Burma Government Medical School reports 1907-22
Year: 1907
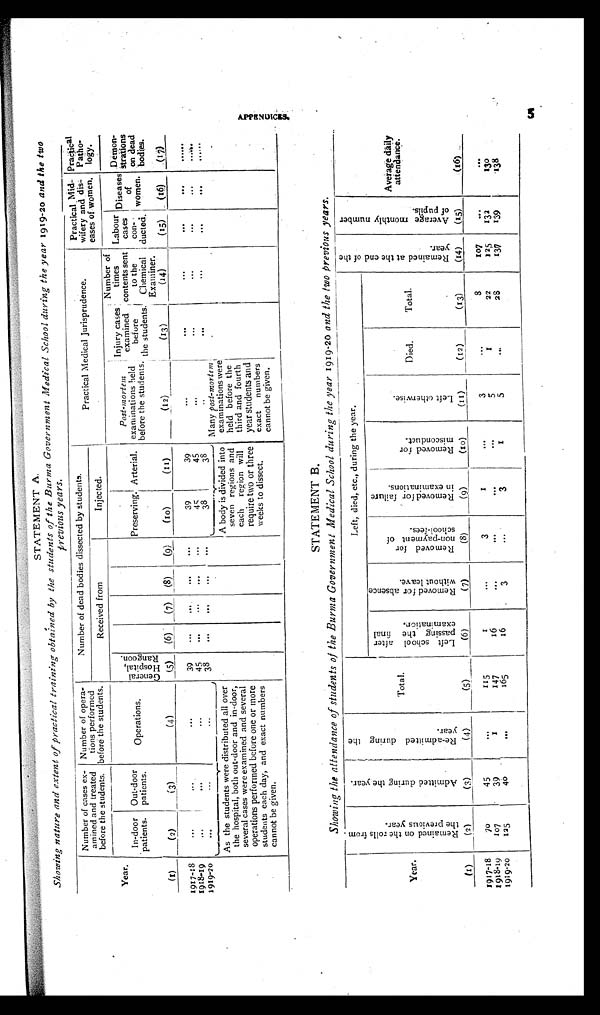
STATEMENT A.
Showing nature and extent of practical training obtained by the students of the Burma Government Medical School during the year 1919-20 and the two
previous years.
Year.
Number of cases ex -
amined and treated
before the students.
Number of opera-
tions performed
before the students.
Number of dead bodies dissected by students.
Practical Medical Jurisprudence.
Practical Mid-
wifery and dis-
eases of women.
Practical
Patho-
logy.
Received from
Injected.
In-door
patients.
Out-door
patients.
Operations.
G e n e r a l H o s p i t a l , R a n g o o n .
Preserving.
Arterial.
Post-mortem
examinations held
before the students.
Injury cases
examined
before
the s tudents.
Number of
times
contents sent
to the
Chemical
Examiner.
Labour
cases
con-
ducted.
Diseases
of
women.
Demon-
strations
on dead
bodies.
(1)
(2)
(3)
(4)
(5)
(6)
(7)
(8)
(9)
(10)
(11)
(12)
(13)
(14)
(15)
(16)
(17)
1917-18
...
...
. . .
39
. . .
. . .
...
. . .
39
39
. . .
...
...
. . .
. . .
......
1918-19
...
...
. . .
45
. . .
. . .
. . .
. . .
45
45
. . .
. . .
. . .
. . .
...
. . . . . .
1919-20
. . . ...
. . .
38
...
. . .
. . . ...
38
38
. . .
. . .
. . .
. . .
. . .
......
Many post-mortem
examinations were
held before the
third and fourth
year students and
exact numbers
cannot be given
As the students were distributed all over
the hospital, both out-door and in-door,
several cases were examined and several
operations performed before one or more
students each day, and exact numbers
cannot be given.
A body is divided into
seven regions and
each region will
require two or three
weeks to dissect.
STATEMENT B .
Showing the attendance of students of the Burma Government Medical School during the year 1919-20 and the two previous years
.
Year.
R e m a i n e d o n t h e r o l l s f r o m t h e p r e v i o u s y e a r .
A d m i t t e d d u r i n g t h e y e a r .
R e - a d m i t t e d d u r i n g t h e y e a r .
Total.
Left, died, etc., during the year.
R e m a i n e d a t t h e e n d o f t h e y e a r .
A v e r a g e m o n t h l y n u m b e r o f p u p i l s .
Average daily
attendance.
L e f t s c h o o l a f t e r p a s s i n g t h e f i n a l e x a m i n a t i o n .
R e m o v e d f o r a b s e n c e w i t h o u t l e a v e .
R e m o v e d f o r n o n - p a y m e n t o f s c h o o l - f e e s .
R e m o v e d f o r f a i l u r e i n e x a m i n a t i o n s .
R e m o v e d f o r m i s c o n d u c t .
L e f t o t h e r w i s e .
Died.
Total.
(1)
(2)
(3)
(4)
(5)
(6)
(7)
(8)
(9)
(10)
(11)
(12)
(13)
(14)
(15)
(16)
1917-18
70
45
...
115
1
...
3
1
. . .
3
. . .
8
107
...
. . .
1918-19
107
39
1
147
16
. . .
...
. . .
...
5
1
22
125
132
130
1919-20
125
40
...
165
16
3
. . .
3
1
5
...
28
137
139
138
Appendices.
5